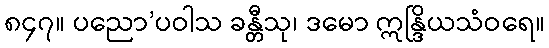
၈၄၇။ ပညော’ပဝါသ ခန္တီသု၊ ဒမော ဣန္ဒြိယသံဝရေ။